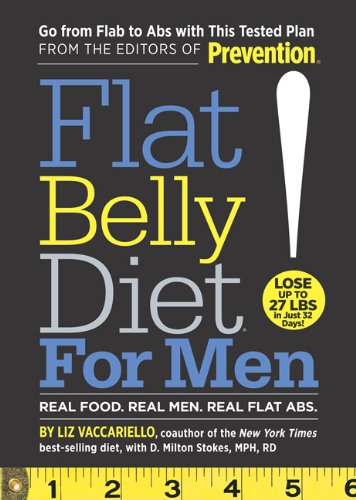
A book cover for Flat Belly Diet! for Men; Liz Vaccariello; Health, Fitness & Dieting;